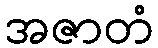
အဇာတံ